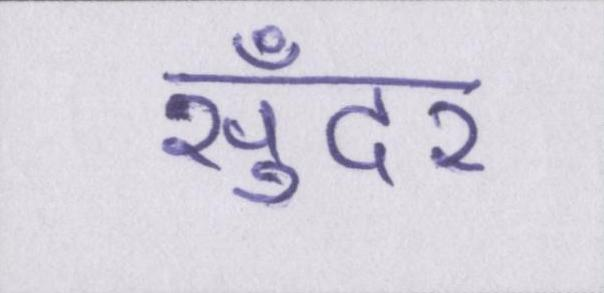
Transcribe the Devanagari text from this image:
सुँदर